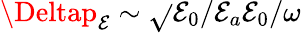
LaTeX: \Deltap_{\mathcal{E}}\sim\sqrt{}{{\mathcal{E}_{0}/\mathcal{E}_{a}}}\mathcal{E}_{0}/\omega